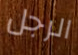
الرجل